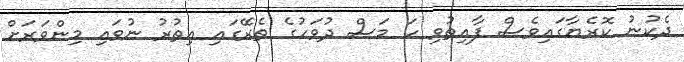
ދެކުނު ކޮރެޔާގައިވެސް ފާއިތުވި ހަ މަސް ދުވަހުގެ ތެރޭގައި އިތުރު ނުވައި މިންވަރަށް